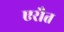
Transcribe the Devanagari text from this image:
एरौत